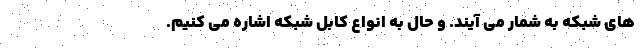
های شبکه به شمار می آیند. و حال به انواع کابل شبکه اشاره می کنیم.